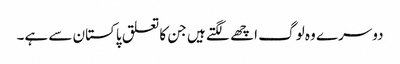
دوسرے وہ لوگ اچھے لگتے ہیں جن کا تعلق پاکستان سے ہے۔